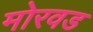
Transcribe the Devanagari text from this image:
मोरवड